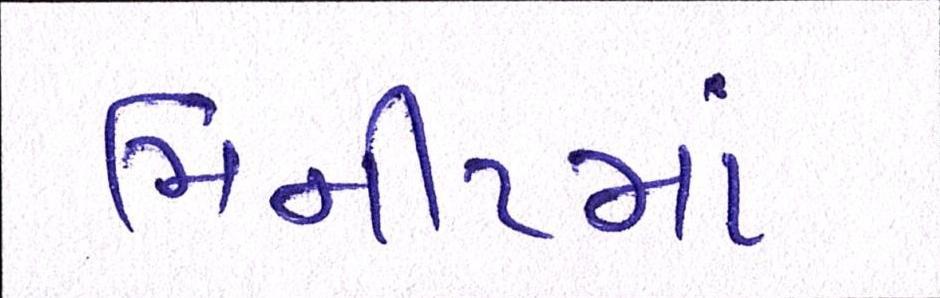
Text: મિનીટમાં